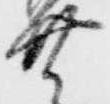
共